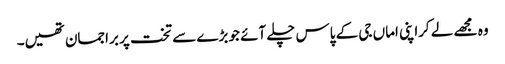
وہ مجھے لے کراپنی اماں جی کے پاس چلے آئے جو بڑے سے تخت پر براجمان تھیں۔